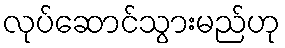
လုပ်ဆောင်သွားမည်ဟု